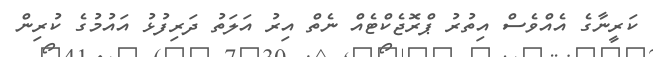
ކަރީނާގެ އެއްވެސް އިތުރު ޕްރޮޖެކްޓެއް ނެތް އިރު އަލަތު ދަރިފުޅު އައުމުގެ ކުރިން